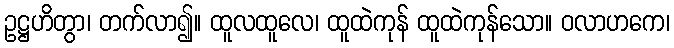
ဥဋ္ဌဟိတွာ၊ တက်လာ၍။ ထူလထူလေ၊ ထူထဲကုန် ထူထဲကုန်သော။ ဝလာဟကေ၊